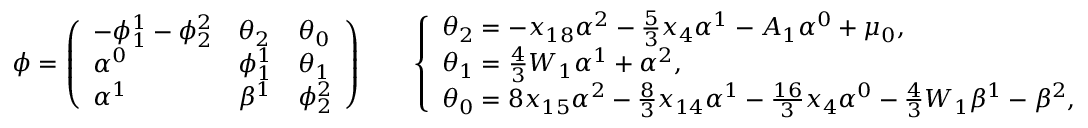
\phi = \left( \begin{array} { l l l } { - \phi _ { 1 } ^ { 1 } - \phi _ { 2 } ^ { 2 } } & { \theta _ { 2 } } & { \theta _ { 0 } } \\ { \alpha ^ { 0 } } & { \phi _ { 1 } ^ { 1 } } & { \theta _ { 1 } } \\ { \alpha ^ { 1 } } & { \beta ^ { 1 } } & { \phi _ { 2 } ^ { 2 } } \end{array} \right) \qquad \left\{ \begin{array} { l l } { \theta _ { 2 } = - x _ { 1 8 } \alpha ^ { 2 } - \frac 5 3 x _ { 4 } \alpha ^ { 1 } - A _ { 1 } \alpha ^ { 0 } + \mu _ { 0 } , } \\ { \theta _ { 1 } = \frac 4 3 W _ { 1 } \alpha ^ { 1 } + \alpha ^ { 2 } , } \\ { \theta _ { 0 } = 8 x _ { 1 5 } \alpha ^ { 2 } - \frac 8 3 x _ { 1 4 } \alpha ^ { 1 } - \frac { 1 6 } { 3 } x _ { 4 } \alpha ^ { 0 } - \frac 4 3 W _ { 1 } \beta ^ { 1 } - \beta ^ { 2 } , } \end{array} \right.